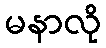
မနာလို